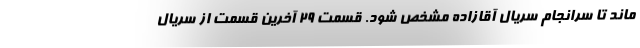
ماند تا سرانجام سریال آقازاده مشخص شود. قسمت 29 آخرین قسمت از سریال